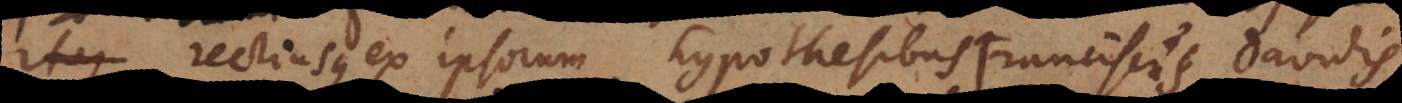
rectiusque ex ipsorum hypothesibus, Franciscus Davidis